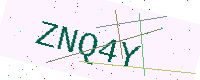
Text: ZNQ4Y